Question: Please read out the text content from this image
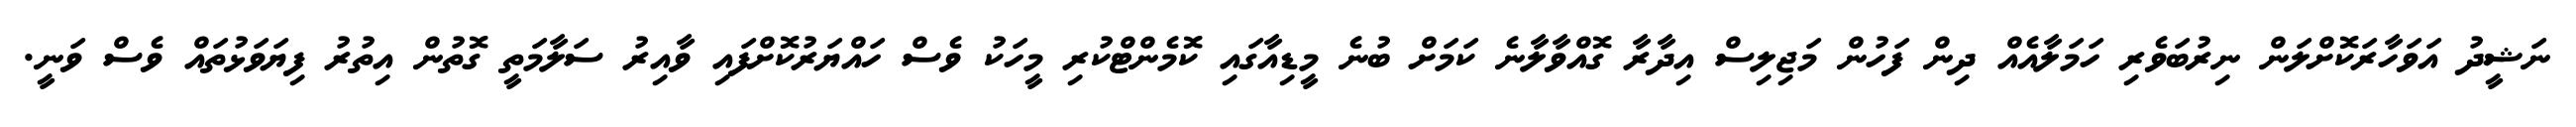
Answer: ނަޝީދު އަވަހާރަކޮށްލަން ނިރުބަވެރި ހަމަލާއެއް ދިން ފަހުން މަޖިލިސް އިދާރާ ގޮއްވާލާނެ ކަމަށް ބުނެ މީޑިއާގައި ކޮމެންޓްކުރި މީހަކު ވެސް ހައްޔަރުކޮށްފައި ވާއިރު ސަލާމަތީ ގޮތުން އިތުރު ފިޔަވަޅުތައް ވެސް ވަނީ.